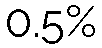
0.5%